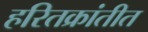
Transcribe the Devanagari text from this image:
हरितक्रांतीत